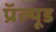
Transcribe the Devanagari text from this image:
प्रॅल्यूड